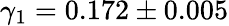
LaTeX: \gamma_{1}=0.172\pm 0.005